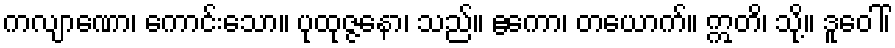
ကလျာဏော၊ ကောင်းသော။ ပုထုဇ္ဇနော၊ သည်။ ဧကော၊ တယောက်။ ဣတိ၊ သို့။ ဒူဝေါ်၊